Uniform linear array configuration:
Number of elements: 24
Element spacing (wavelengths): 0.5
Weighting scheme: blackman
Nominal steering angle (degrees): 0
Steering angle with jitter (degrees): -1.57
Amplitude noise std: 0.05
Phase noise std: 0.05

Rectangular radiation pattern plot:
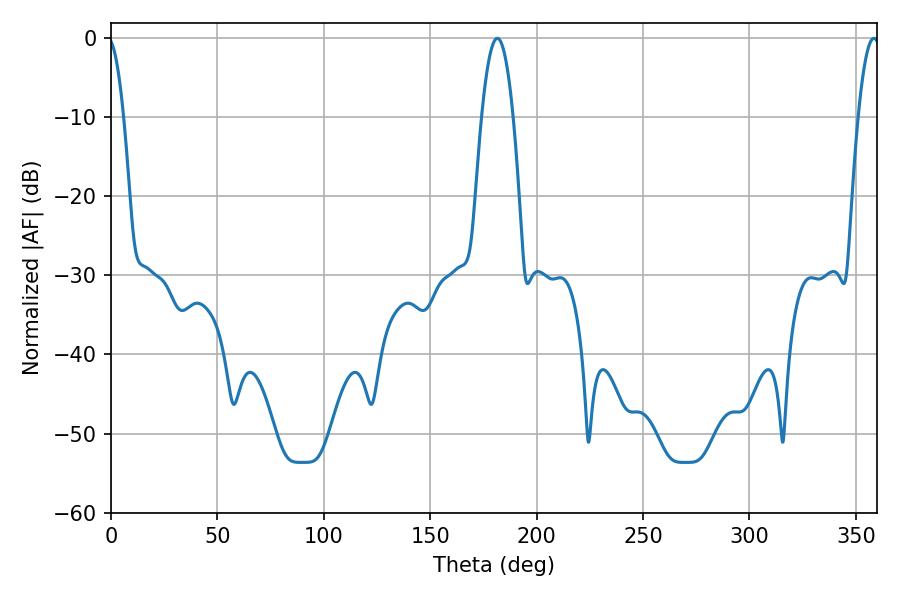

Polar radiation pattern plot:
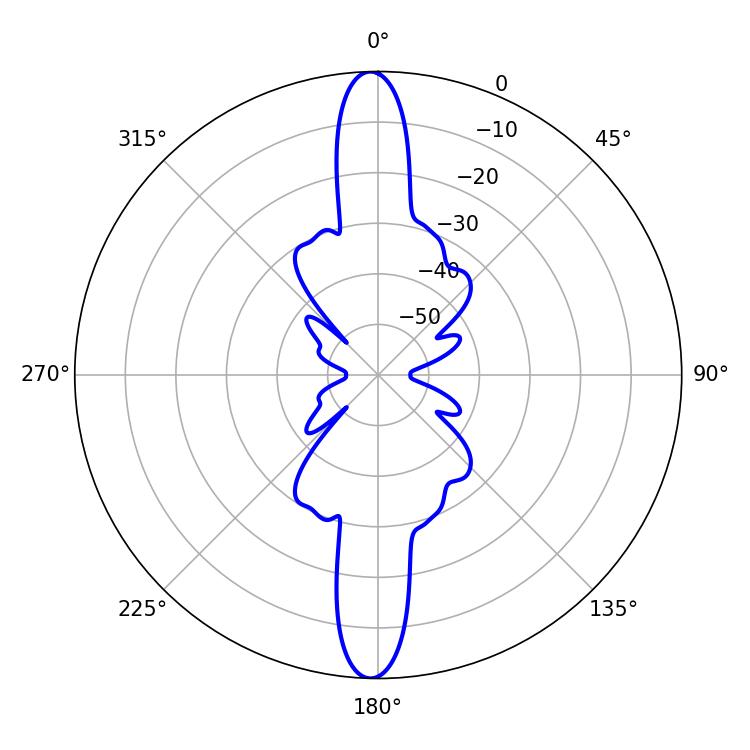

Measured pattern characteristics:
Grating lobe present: FALSE
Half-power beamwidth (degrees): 8.1
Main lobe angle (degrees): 181.44